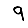
Digit: 9